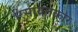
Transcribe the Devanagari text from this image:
रिसायतकार